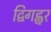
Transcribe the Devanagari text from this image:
द्विगह्वर